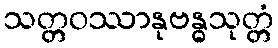
သတ္တဝဿာနုဗန္ဓသုတ္တံ